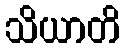
သိယာတိ